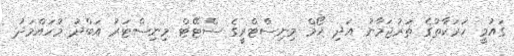
ގައުމީ ހަރަކާތުގެ ތަރުޖަމާނު އަދި ހޯމް މިނިސްޓްރީގެ ސްޓޭޓް މިނިސްޓަރު އަބްދު މުހައްމަދު